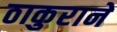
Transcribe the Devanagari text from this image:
ठाकुराने